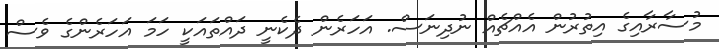
މުސާރާއިގެ އިތުރުން އެއްޗެއް ނުދިނަސް. އަހަރެން ދެކެނީ ދައްތައަކީ ހަމަ އަހަރެންގެ ވެސް